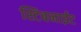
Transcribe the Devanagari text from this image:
स्टिबनाईट